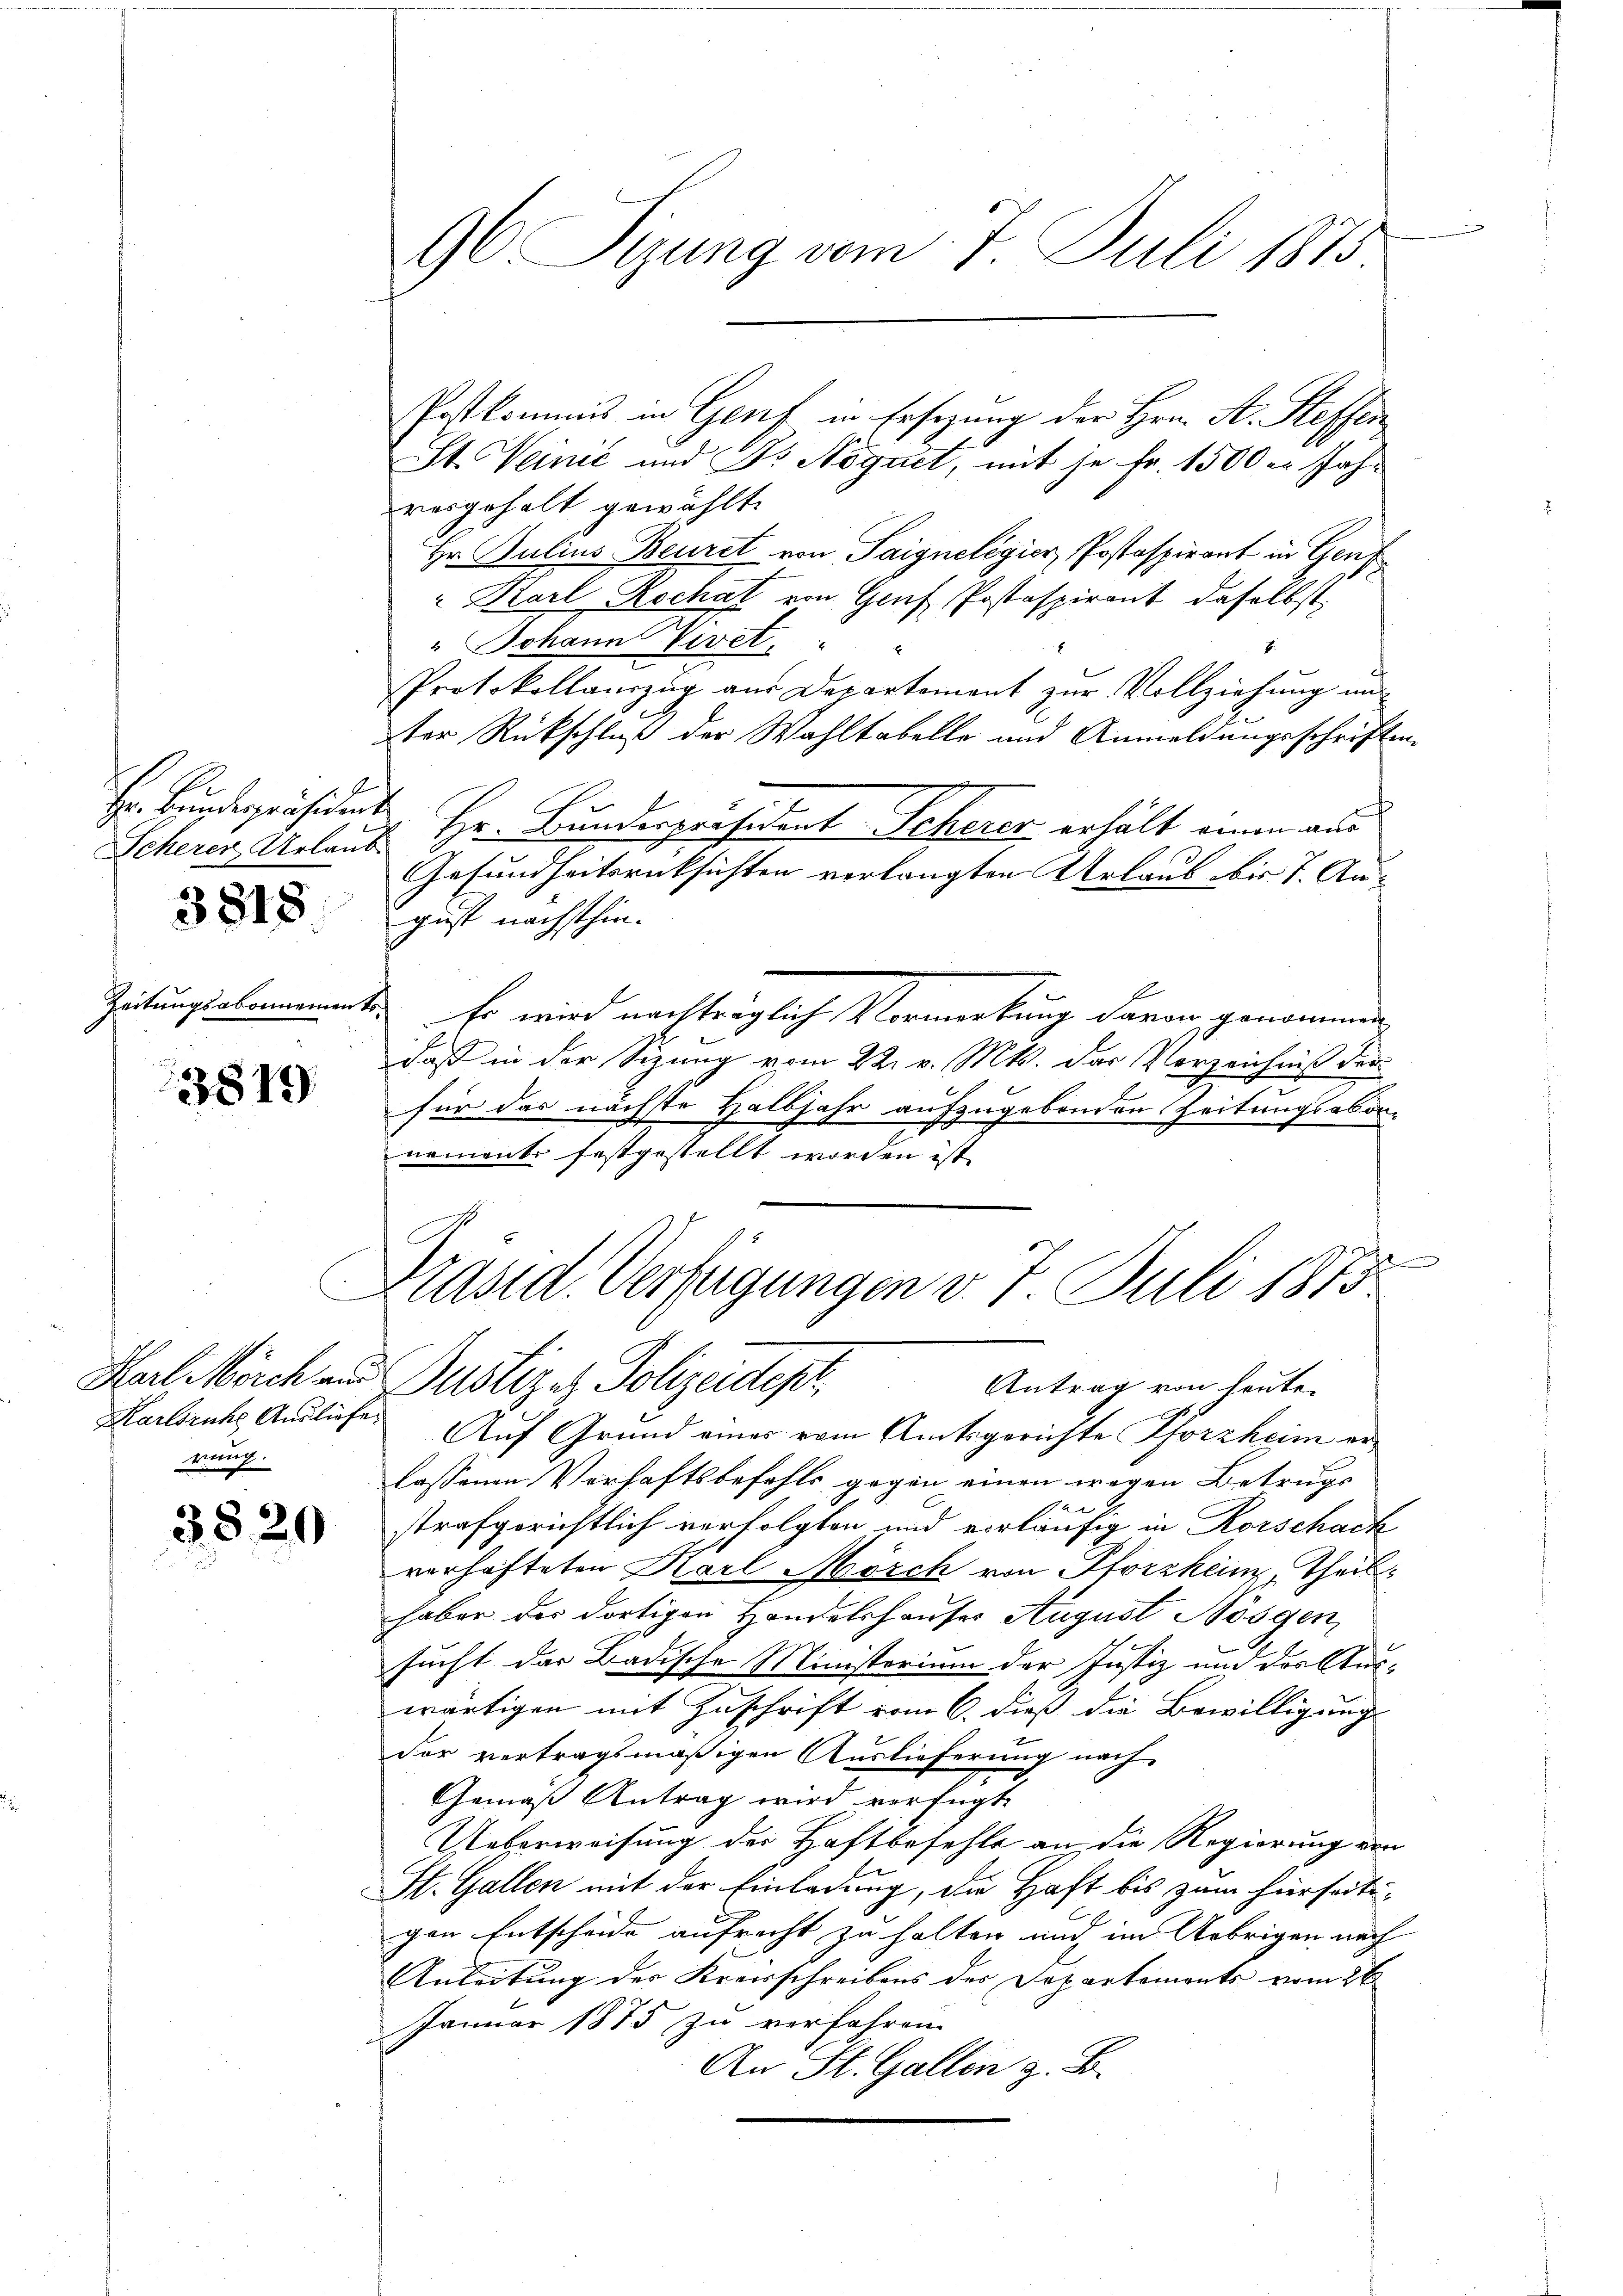
Hr. Bundespräsident

3818

Zeitungsabonnemento¬

3819.

rung.

3829

96 Sizung vom 7. Juli 1875

Postkommis in Genf in Ersezung der Hrn. A. Steffen
St. Weinić und Dr Nöguet, mit je Fr. 1500 er Jahresgehalt gewählt.
Hr. Julius Beuret von Saignelegier, Postaspirant in Genf
" Karl Rochat von Genf Postaspirant daselbst,
" Johann Vivet.
E
Protokollauszug aus Departement zŭr Vollziehŭng ŭn-
ter Rückschluß der Wahltabelle und Anmeldungsschriften
Scheren Urlaut Hr. Bunderpräsident Scherer erhält einen aus
Gesundheitsrücksichten verlangten Urlaub bis 7. August nächsthin.
Er wird nachträglich Vermerkung davon genommen,
daß in der Sizung vom 22. v. Mts. der Verzeichniß der
für das nächste Halbjahr aufzugebenden Zeitungsabornement festgestellt worden ist.
b

Präsid. Verfügungen v. 7. Juli 1873
Karl Morch und Justiz es Polizeidep
Antrag von heute.

Karlsruhe Ausliefe. Auf Grund eines vom Amtsgerichte Pforzheim erlassenen Verhaftsbefehls gegen einen wegen Betrugs
x
strafgerichtlich verfolgten und vorläufig in Rorschack
vorhafteten Karl Mösch von Pforzhein, Theilhaber der dortigen Handelshauser August Bösgen
sucht das Badische Ministerium der Justiz und der Auswärtigen mit Zuschrift vom 6. dieß die Bewilligungs
der vertragsmäßigen Auslieferung nach
Gemäß Antrag wird verfügt
Ueberweisung der Haftbefehle an die Regierung von
St. Gallen mit der Einladung, die Haft bis zum hierseitigen Entscheide aufrecht zu halten und im Uebrigen nach
Anleitung der Kreisschreibens der Departemonts vom 26
Januar 1875 zu verfahren.
An St. Gallen z. B.